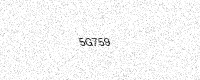
Text: 5G759